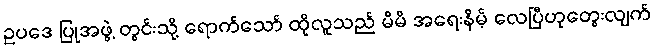
ဥပဒေ ပြုအဖွဲ့ တွင်းသို့ ရောက်သော် ထိုလူသည် မိမိ အရေးနိမ့် လေပြီဟုတွေးလျက်